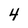
Character: 4